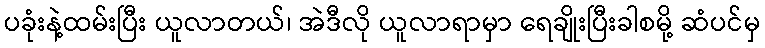
ပခုံးနဲ့ထမ်းပြီး ယူလာတယ်၊ အဲဒီလို ယူလာရာမှာ ရေချိုးပြီးခါစမို့ ဆံပင်မှ